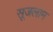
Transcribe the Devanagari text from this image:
सूजलाम